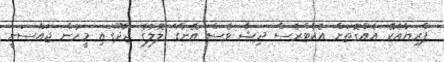
ޕްރިޔާއެކޭ އެއްގޮތަށް އެކްޓްރެސް ދިޝާ ވެސް އޭނާގެ ލޮލުގެ ޖާދޫގައި މީހުން ޖައްސަނީ